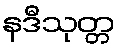
နဒီသုတ္တ